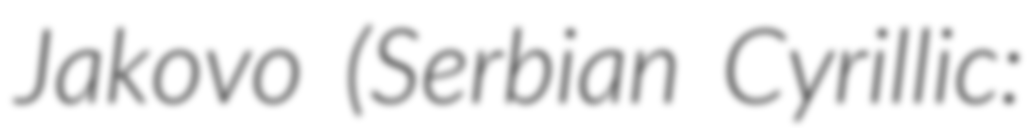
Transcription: Jakovo (Serbian Cyrillic: